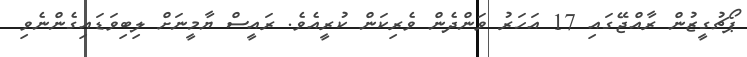
ޕޯޗުގީޒުން ރާއްޖޭގައި 17 އަހަރު ވަންދެން ވެރިކަން ކުރީއެވެ. ރައީސް ޔާމީނަށް ލިބިވަޑައިގެންނެވި